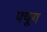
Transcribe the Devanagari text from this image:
फ्यूग